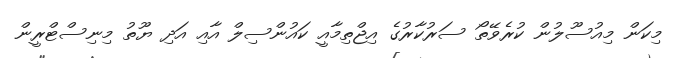
މިކަން މިއުސޫލުން ކުރެވޭތޯ ސަރުކާރުގެ އިޖްތިމާއީ ކައުންސިލް އާއި އަދި ޔޫތު މިނިސްޓްރީން